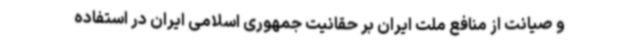
و صیانت از منافع ملت ایران بر حقانیت جمهوری اسلامی ایران در استفاده